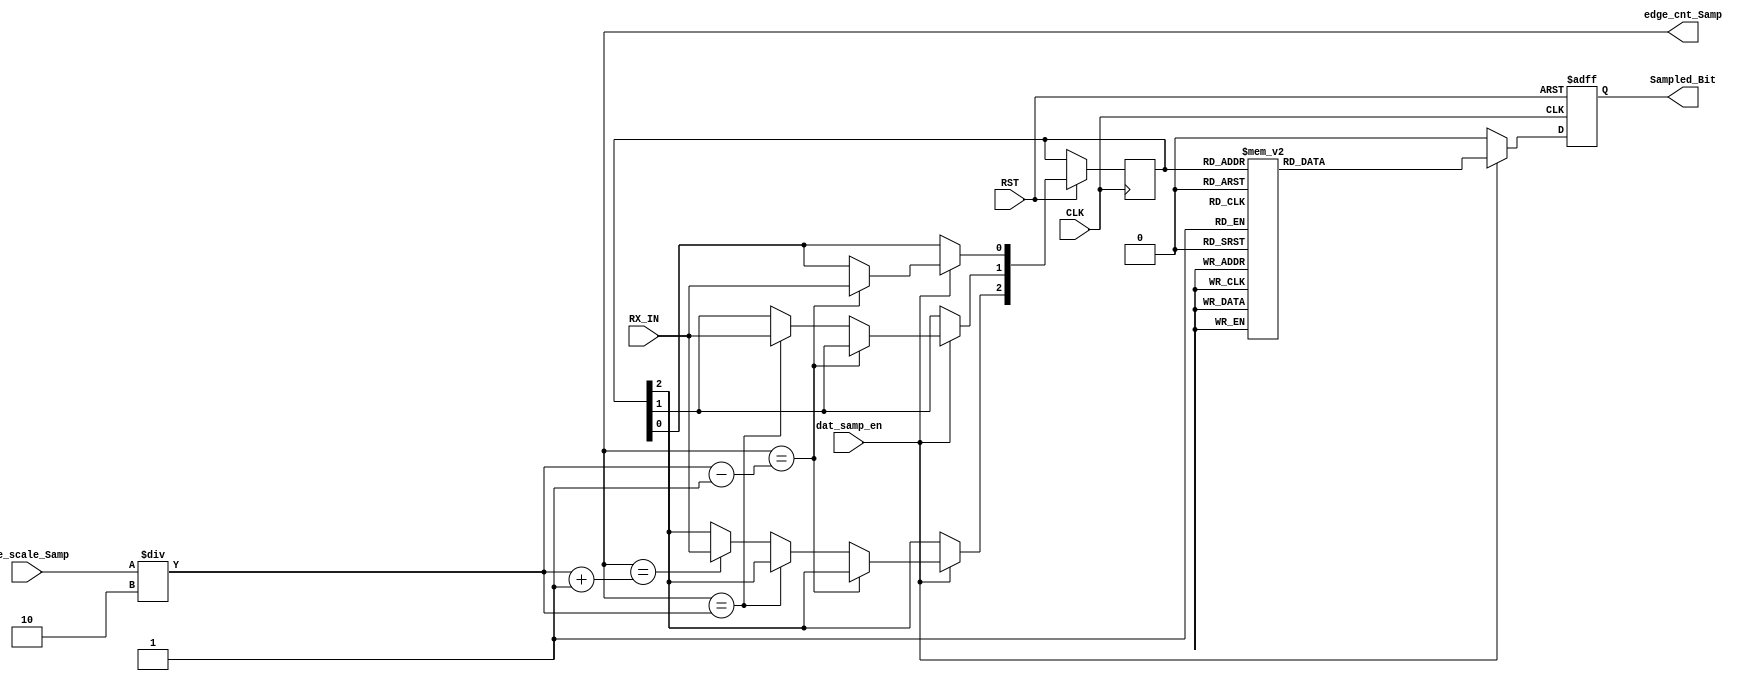
/******************************************************************************
*
* Module: Private - Data Sampling Block 
*
*
* Description:  This Block Is Used To Oversampling by 8: 
*               This means that the clock speed of UART_RX is 8 times the speed of UART_TX.
*               
*
*******************************************************************************/

//********************Port Declaration*************************//
module  Data_Sampling # (

parameter INPUT_WIDTH    = 4 ,
parameter Number_Edges   = 4 ) //initialize a parameter variable with value 8 
  
(

input wire  [INPUT_WIDTH-1 : 0 ]  Pre_scale_Samp ,  //Declaring the Variable As an Input Port with width 4 bits 
input wire                        dat_samp_en    ,  //Declaring the Variable As an Input Port with width 1 bit
input wire                        CLK            ,  //Declaring the Variable As an Input Port with width 1 bit
input wire                        RST            ,  //Declaring the Variable As an Input Port with width 1 bit
input wire                        RX_IN          ,  //Declaring the Variable As an input Port with width 1 bit
output reg                        Sampled_Bit    ,  //Declaring the Variable As an output Port with width 1 bit 
output reg  [Number_Edges-1 : 0 ] edge_cnt_Samp     //Declaring the Variable As an output Port with width 1 bit    

); 
//****************** Parameeters Initialization  ****************//

localparam          ONE            = 1'b1   ,//initialize a parameter variable with a binary value 1
                    ZERO           = 1'b0   ,//initialize a parameter variable with a binary value 0
                    Samp_width     = 3      ;//initialize a parameter variable with a binary value 3

//********************Internal Signal Declaration*****************//

reg [Samp_width-1 : 0 ]              Samp_Reg          ;
reg                                  Sampled_Bit_Comb  ;

//*************************** The RTL Code *****************************//
/*************** Starting The Sequential Always Block ***************/

always @(posedge CLK or negedge RST )

begin 
        if(!RST)
        
           begin
              
               Sampled_Bit <= 'b0 ;
                   
               
           end
  
      else if ( dat_samp_en   ) 
        
           begin 
          
               if ( edge_cnt_Samp == ( ((Pre_scale_Samp/2)-1 ) )     )
                 
                 begin 
                 
                   Samp_Reg[0] <=  RX_IN  ; 
                   
                 end 
                 
               else if (edge_cnt_Samp == ( (Pre_scale_Samp/2)) )
                                  
                 begin 
                 
                   Samp_Reg[1] <=  RX_IN  ; 
                   
                 end 
                 
               else if ( edge_cnt_Samp == ( ((Pre_scale_Samp/2)+1) ))
                                                   
                 begin 
                 
                   Samp_Reg[2] <=  RX_IN  ; 
                   
                 end
                  
          Sampled_Bit <= Sampled_Bit_Comb ;
          
       end 
        
        else  
         
           begin 
          
              Sampled_Bit <= 'b0 ;
          
           end 

       
         
end 
/*************** Starting The Combinational Always Block ***************/

always @(*)


begin 
  
Sampled_Bit_Comb = 1'b0   ; // intialize the Sampled Bit with zero  

case ( Samp_Reg )  


3'b000: 
          begin
        
           Sampled_Bit_Comb = ZERO ; 
        
          end 

3'b001 :
          begin 
          
          Sampled_Bit_Comb = ZERO ; 
          
          end  
          
3'b010 :
          begin 
            
          Sampled_Bit_Comb = ZERO ;    
            
          end  
 
3'b011 :
          begin 
          
          Sampled_Bit_Comb = ONE ;  
          
          end 
 
3'b100 :
          begin 
          
          Sampled_Bit_Comb = ZERO ;  
          
          end
3'b101 :
          begin 
          
          Sampled_Bit_Comb = ONE ;  
          
          end
3'b110 :
          begin 
          
          Sampled_Bit_Comb = ONE ;  
          
          end  
3'b111 :
          begin 
          
          Sampled_Bit_Comb = ONE ;  
          
          end       
default :
          begin 
            
          Sampled_Bit_Comb = ZERO ;
            
          end   
 
 endcase                    

end  
 
/*******************************************************************************/

endmodule